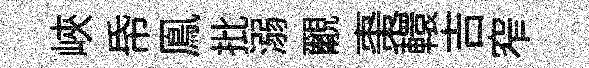
峽帋鳯批溺覼棗轘吉窄